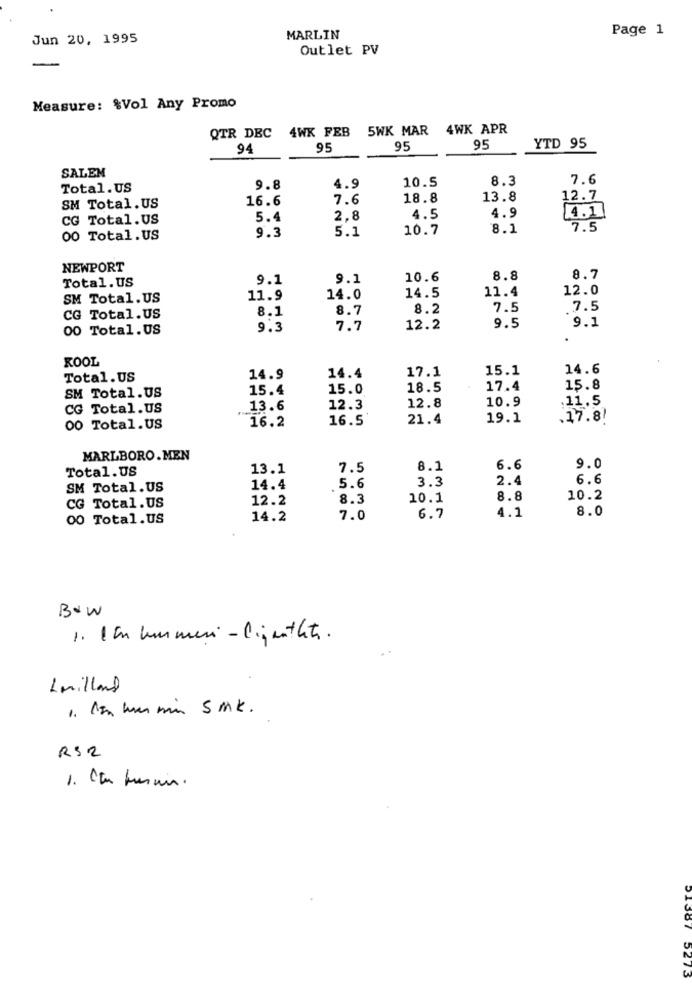
Page 1
Jun 20, 1995
MARLIN
Outlet PV
Measure: %Vol Any Promo
5WK MAR
4WK APR
QTR DEC 4WK FEB
94
95
95
95
YTD 95
SALEM
8.3
7.6
Total.US
9.8
4.9
10.5
16.6
7.6
18.8
13.8
12.7
SM Total.US
4.9
4.11
CG Total.US
5.4
2.8
4.5
9.3
5.1
10.7
8.1
7.5
00 Total.US
NEWPORT
Total. US
9.1
9.1
10.6
8.8
8.7
14.5
11.4
12.0
SM Total.US
11.9
14.0
8.1
8.7
8.2
7.5
7.5
CG Total.US
9.1
00 Total.US
9.3
7.7
12.2
9.5
KOOL
17.1
15.1
14.6
Total.US
14.9
14.4
15.4
15.0
18.5
17.4
15.8
SM Total.US
12.8
10.9
11.5
CG Total.US
13.6
12.3
16.2
16.5
21.4
19.1
.27.81
00 Total.US
2588
MARLBORO.MEN
Total.US
13.1
7.5
8.1
6.6
9.0
3.3
2.4
6.6
SM Total.US
14.4
5.6
12.2
8.3
10.1
8.8
10.2
CG Total.US
4.1
8.0
00 Total.US
14.2
7.0
6.7
Bow
1. Ich kommeri - ligentheti.
4milland
1. Non hum min SMk.
RS2
1. Etu turun.
5273